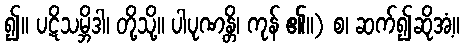
၍။ ပဋိသမ္ဘိဒါ၊ တို့သို့။ ပါပုဏန္တိ၊ ကုန် ၏။) စ၊ ဆက်၍ဆိုအံ့။